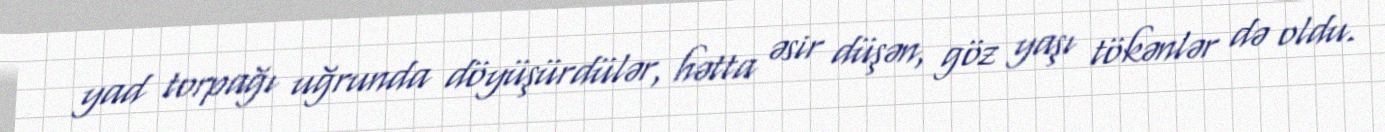
yad torpağı uğrunda döyüşürdülər, hətta əsir düşən, göz yaşı tökənlər də oldu.